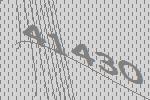
41430